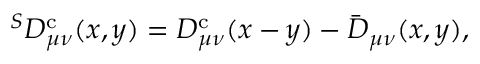
^ S D _ { \mu \nu } ^ { \mathrm { c } } ( x , y ) = D _ { \mu \nu } ^ { \mathrm { c } } ( x - y ) - \bar { D } _ { \mu \nu } ( x , y ) ,